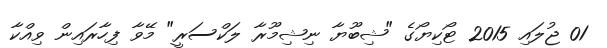
01 ޖުލައި 2015 ޓޯކިޔޯގެ "ޝިބޫޔާ ނިޝިމޫރާ ލަކްސަރީ" މޭވާ ފިހާރައިން ވިއްކާ